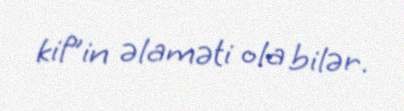
kif”in əlaməti ola bilər.